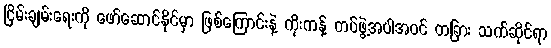
ငြိမ်းချမ်းရေးကို ဖော်ဆောင်နိုင်မှာ ဖြစ်ကြောင်းနဲ့ ကိုးကန့် တပ်ဖွဲ့အပါအဝင် တခြား သက်ဆိုင်ရာ